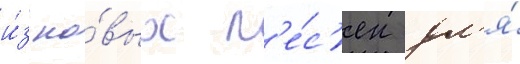
и́з но́вых п'е́с'ен дл'я́